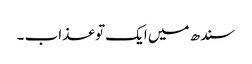
سندھ میں ایک تو عذاب ۔